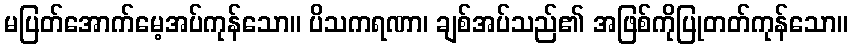
မပြတ်အောက်မေ့အပ်ကုန်သော။ ပိသကရဏာ၊ ချစ်အပ်သည်၏ အဖြစ်ကိုပြုတတ်ကုန်သော။